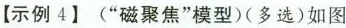
【示例4】(”磁聚焦”模型)(多选)如图